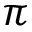
\pi